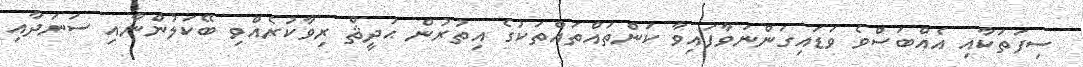
ސިފަތަކާއި އެއްބަސްވެ ވަޑައިގަންނަވާފައިވާ ކަންތައްތައްތަކުގެ އިތުރުން ޙަދީޘް ރިވާކުރެއްވި ބޭކަލުންނާއި ސަނަދާއި